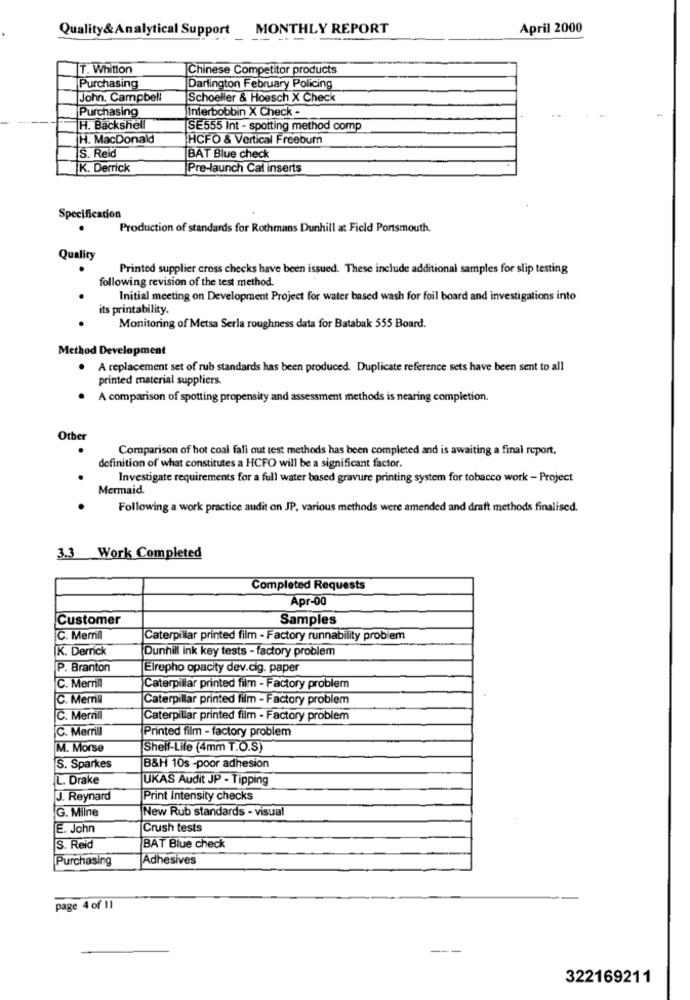
Quality& Analytical Support
MONTHLY REPORT
April 2000
T. Whitton
Chinese Competitor products
Purchasing
Darlington February Policing
John. Campbell
Schoeller & Hoesch X Check
Purchasing
Interbobbin X Check -
-
H. Backshell
SE555 Int - spotting method comp
H. MacDonald
HCFO & Vertical Freeburn
S. Reid
BAT Blue check
K. Derrick
Pre-launch Cal inserts
Specification
Production of standards for Rothmans Dunhill at Field Portsmouth.
Quality
Printed supplier cross checks have been issued. These include additional samples for slip testing
following revision of the test method.
Initial meeting on Development Project for water based wash for foil board and investigations into
its printability.
Monitoring of Metsa Serla roughness data for Batabak 555 Board.
Method Development
A replacement set of rub standards has been produced. Duplicate reference sets have been sent to all
printed material suppliers.
A comparison of spotting propensity and assessment methods is nearing completion.
Other
Comparison of hot coal fall out test methods has been completed and is awaiting a final report,
definition of what constitutes a HCFO will be a significant factor.
Investigate requirements for a full water based gravure printing system for tobacco work - Project
Mermaid.
Following a work practice audit on JP, various methods were amended and draft methods finalised.
3.3 Work Completed
Completed Requests
Apr-00
Customer
Samples
C. Merrill
Caterpillar printed film - Factory runnability problem
K. Derrick
Dunhill ink key tests - factory problem
P. Branton
Elrepho opacity dev.cig. paper
C. Merrill
Caterpillar printed film - Factory problem
C. Merril
Caterpillar printed film - Factory problem
C. Merrill
Caterpillar printed film - Factory problem
C. Merrill
Printed film - factory problem
M. Morse
Shell-Life (4mm T.O.S)
S. Sparkes
B&H 10s -poor adhesion
L. Drake
UKAS Audit JP - Tipping
J. Reynard
Print Intensity checks
G. Milne
New Rub standards - visual
E. John
Crush tests
S. Reid
BAT Blue check
Purchasing
Adhesives
page 4 of 11
322169211